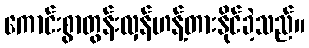
ကောင်းစွာတွန်းလှန်ဟန့်တားနိုင်ခဲ့သည်။